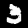
Label: 3